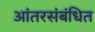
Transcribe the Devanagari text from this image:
आंतरसंबंधित